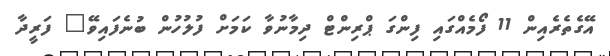
އޭގެތެރެއިން 11 ފޯމެއްގައި ފިންގަ ޕްރިންޓް ދިމާނުވާ ކަމަށް ފުލުހުން ބުނެފައިވޭ" ފަރީދާ